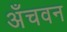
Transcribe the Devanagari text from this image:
अँचवन